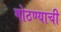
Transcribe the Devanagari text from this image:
गोठण्याची